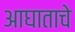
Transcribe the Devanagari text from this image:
आघाताचे